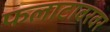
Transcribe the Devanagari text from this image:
फलाटावरवर